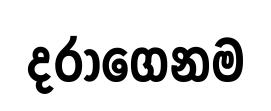
දරාගෙනම